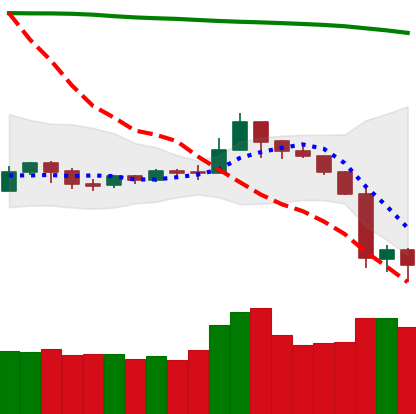
Ticker: NEO-USD
Chart end date: 2019-09-26
Forward return: 4.932%
Label: up_3_5